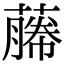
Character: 𬞡